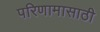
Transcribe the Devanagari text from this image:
परिणामासाठी